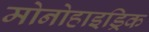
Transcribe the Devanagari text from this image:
मोनोहाइड्रिक